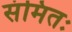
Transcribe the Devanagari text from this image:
संमितः